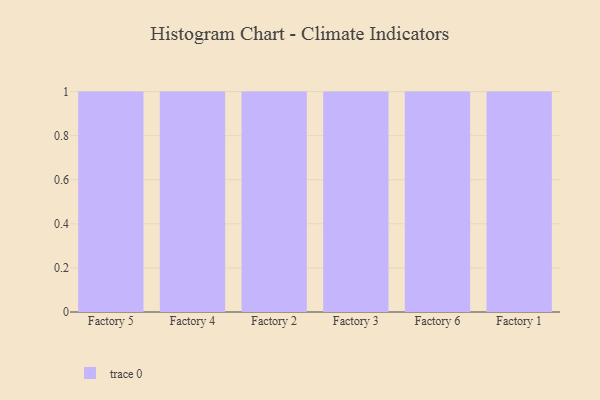
{"axis": {"x": "Factory", "y": "Energy Usage (MWh)"}, "legend": [""], "data": [{"x": "Factory 5", "y": 14, "type": ""}, {"x": "Factory 4", "y": 93, "type": ""}, {"x": "Factory 2", "y": 86, "type": ""}, {"x": "Factory 3", "y": 5, "type": ""}, {"x": "Factory 6", "y": 68, "type": ""}, {"x": "Factory 1", "y": 14, "type": ""}]}